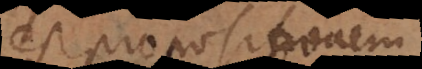
est propositionem